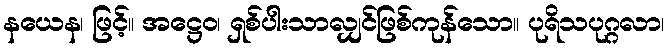
နယေန၊ ဖြင့်။ အဋ္ဌေဝ၊ ရှစ်ပါးသာလျှင်ဖြစ်ကုန်သော။ ပုရိသပုဂ္ဂလာ၊